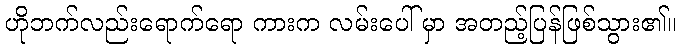
ဟိုဘက်လည်းရောက်ရော ကားက လမ်းပေါ် မှာ အတည့်ပြန်ဖြစ်သွား၏။